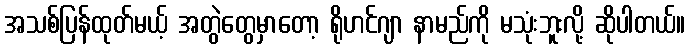
အသစ်ပြန်ထုတ်မယ့် အတွဲတွေမှာတော့ ရိုဟင်ဂျာ နာမည်ကို မသုံးဘူးလို့ ဆိုပါတယ်။